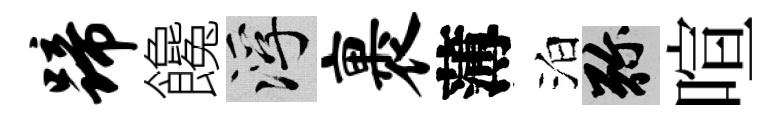
蹄饞浮裹薄泊弥喧